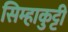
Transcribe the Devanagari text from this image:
सिम्हाकुट्टी